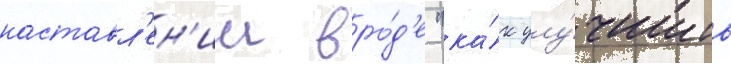
наставл'ен'ии вро́д'е "ка́к улу́чшить